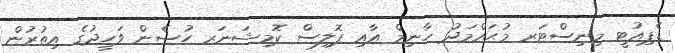
ޑެޕިއުޓީ މިނިސްޓަރ މުޙައްމަދު ހާނިމް އާއި ޕޮލިސް ކޮމިޝަނަރ ހުސެން ވަހީދުގެ އިތުރުން